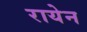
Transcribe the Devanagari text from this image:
रायेन